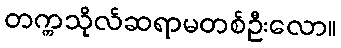
တက္ကသိုလ်ဆရာမတစ်ဦးလော။